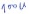
Text: 100u